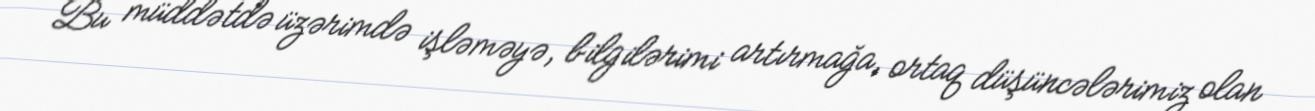
Bu müddətdə üzərimdə işləməyə, bilgilərimi artırmağa, ortaq düşüncələrimiz olan